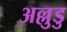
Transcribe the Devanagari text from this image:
अल्लुडु